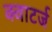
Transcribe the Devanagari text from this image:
क्वाटर्ज